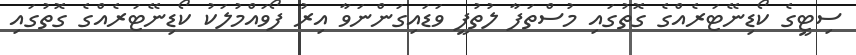
ސިޓީގެ ކޯޑިނޭޓަރެއްގެ ގޮތުގައި މުސްތަފާ ލުތުފީ ވަޑައިގަންނަވާ އިރު ފޯވައްމުލަކު ކޯޑިނޭޓަރެއްގެ ގޮތުގައި